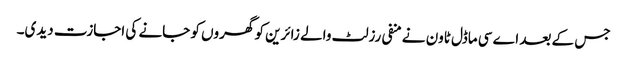
جس کے بعد اے سی ماڈل ٹاون نے منفی رزلٹ والے زائرین کو گھروں کو جانے کی اجازت دیدی۔